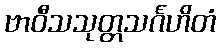
ဗာဝီသသုတ္တသင်္ဂဟိတံ